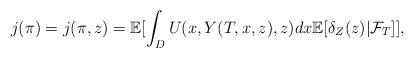
LaTeX: \begin{align*}j(\pi)=j(\pi,z)= \mathbb{E}[\int_D U(x,Y(T,x,z),z)dx \mathbb{E}[\delta_Z(z)|\mathcal{F}_T]],\end{align*}